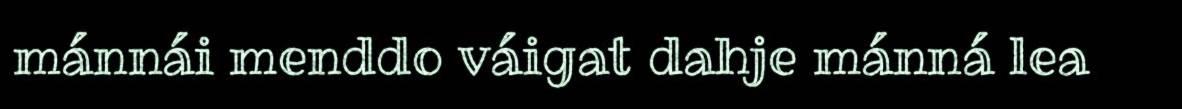
mánnái menddo váigat dahje mánná lea